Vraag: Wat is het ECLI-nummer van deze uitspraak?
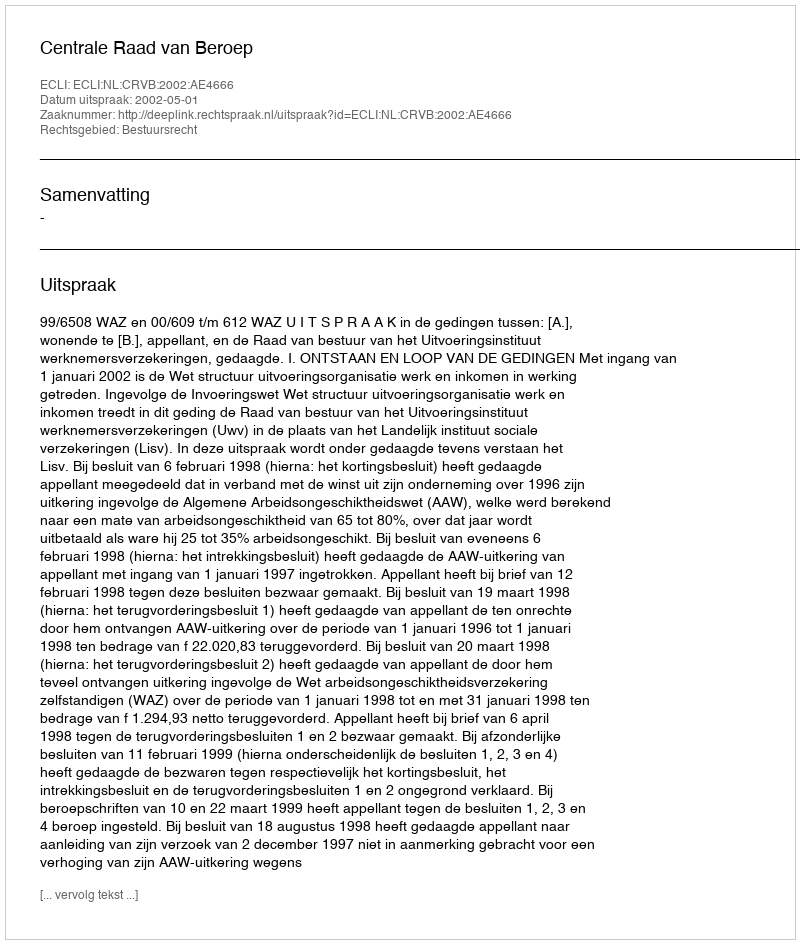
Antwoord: ECLI:NL:CRVB:2002:AE4666